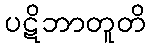
ပဋိဘာတူတိ